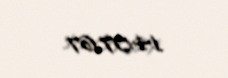
14.07.67